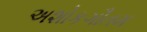
અશોકગૌતમ